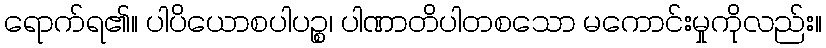
ရောက်ရ၏။ ပါပိယောစပါပဉ္စ၊ ပါဏာတိပါတစသော မကောင်းမှုကိုလည်း။